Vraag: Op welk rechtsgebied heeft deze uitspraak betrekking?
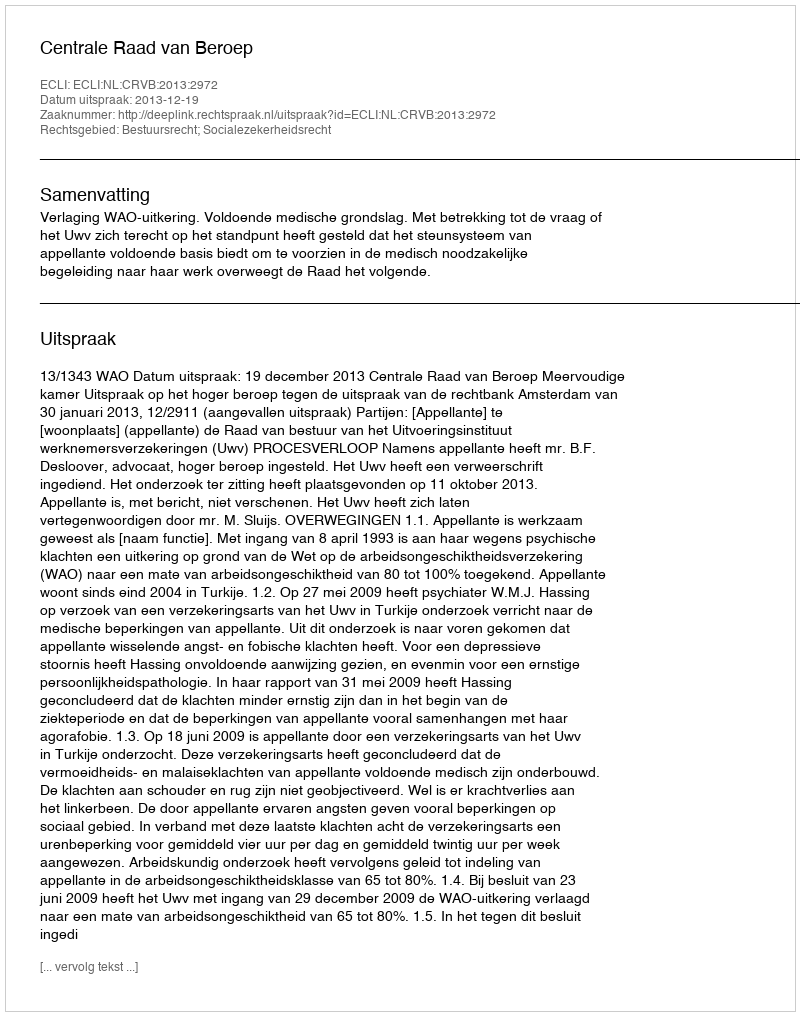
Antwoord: Bestuursrecht; Socialezekerheidsrecht